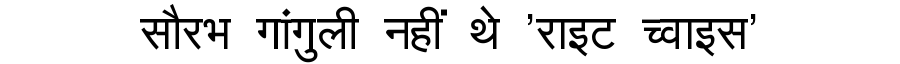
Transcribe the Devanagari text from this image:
सौरभ गांगुली नहीं थे 'राइट च्वाइस'